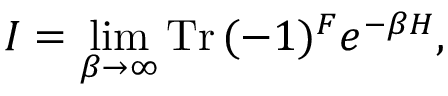
{ \cal I } = \operatorname * { l i m } _ { \beta \rightarrow \infty } \mathrm { T r } \, ( - 1 ) ^ { F } e ^ { - \beta H } ,